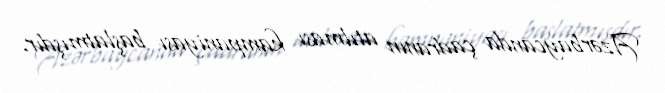
Azərbaycanda çadranın atılması kampaniyası başlatmışdır.